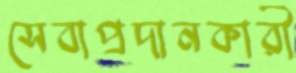
সেবাপ্রদানকারী